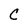
Character: C